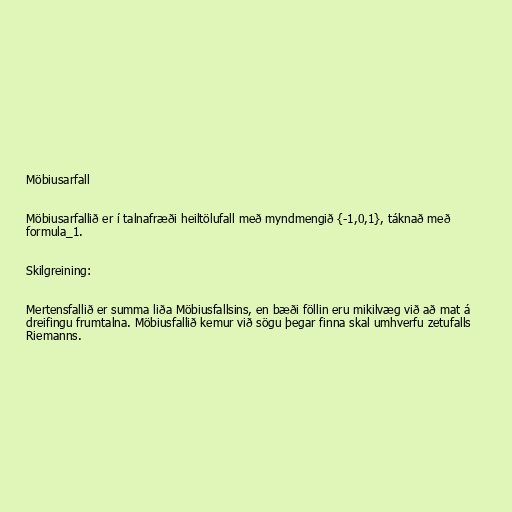
Möbiusarfall

Möbiusarfallið er í talnafræði heiltölufall með myndmengið {-1,0,1}, táknað með
formula_1.

Skilgreining:

Mertensfallið er summa liða Möbiusfallsins, en bæði föllin eru mikilvæg við að mat á
dreifingu frumtalna. Möbiusfallið kemur við sögu þegar finna skal umhverfu zetufalls
Riemanns.